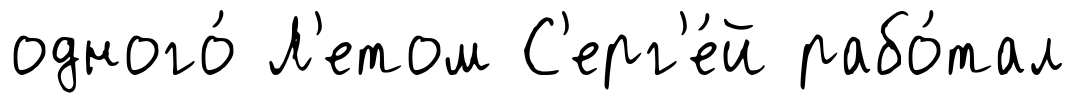
одного́ Л'етом С'ерг'е́й рабо́тал